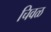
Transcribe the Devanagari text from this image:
चिवळ